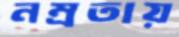
নম্রতায়